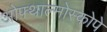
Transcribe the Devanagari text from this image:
ओफ्थाल्मोस्कोपे